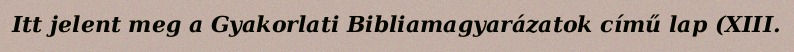
Itt jelent meg a Gyakorlati Bibliamagyarázatok című lap (XIII.